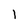
Character: 1